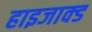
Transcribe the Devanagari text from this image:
हाइजाक्ड